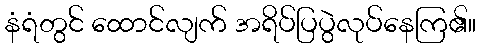
နံရံတွင် ထောင်လျက် အရိပ်ပြပွဲလုပ်နေကြ၏။